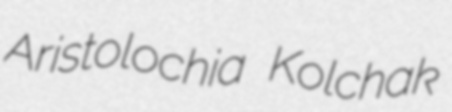
Aristolochia Kolchak